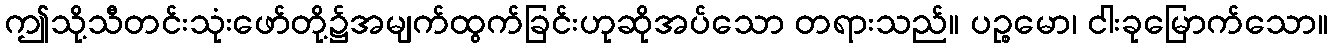
ဤသို့သီတင်းသုံးဖော်တို့၌အမျက်ထွက်ခြင်းဟုဆိုအပ်သော တရားသည်။ ပဉ္စမော၊ ငါးခုမြောက်သော။